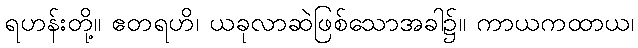
ရဟန်းတို့။ ဧတရဟိ၊ ယခုလာဆဲဖြစ်သောအခါ၌။ ကာယကထာယ၊